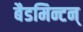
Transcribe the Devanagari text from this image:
बैडमिन्टन्